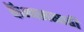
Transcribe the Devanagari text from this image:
कॅम्पससाठी